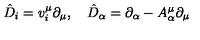
\hat { D } _ { i } = v _ { i } ^ { \mu } \partial _ { \mu } , \quad \hat { D } _ { \alpha } = \partial _ { \alpha } - A _ { \alpha } ^ { \mu } \partial _ { \mu }